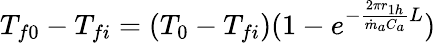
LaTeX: \begin{array}{r}{T_{f0}-T_{fi}=(T_{0}-T_{fi})(1-e^{-\frac{2{\pi r}_{1h}}{{\dot{m}}_{a}C_{a}}L})}\end{array}